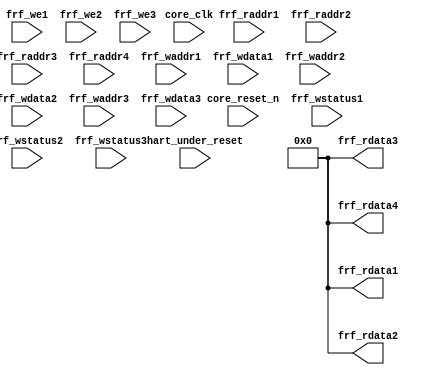
// Copyright (C) 2022, Andes Technology Corp. Confidential Proprietary


module kv_frf_stub(
		  core_clk,
		  core_reset_n,
		  hart_under_reset,
		  frf_raddr1,
		  frf_rdata1,
		  frf_raddr2,
		  frf_rdata2,
		  frf_raddr3,
		  frf_rdata3,
		  frf_raddr4,
		  frf_rdata4,
		  frf_we1,
		  frf_waddr1,
		  frf_wdata1,
		  frf_wstatus1,
		  frf_we2,
		  frf_waddr2,
		  frf_wdata2,
		  frf_wstatus2,
		  frf_we3,
		  frf_waddr3,
		  frf_wdata3,
		  frf_wstatus3
);
parameter         FLEN = 64;
parameter         GPRNUM = 32;
input              core_clk;
input              core_reset_n;
input              hart_under_reset;
input        [4:0] frf_raddr1;
output  [FLEN-1:0] frf_rdata1;
input        [4:0] frf_raddr2;
output  [FLEN-1:0] frf_rdata2;
input        [4:0] frf_raddr3;
output  [FLEN-1:0] frf_rdata3;
input        [4:0] frf_raddr4;
output  [FLEN-1:0] frf_rdata4;
input              frf_we1;
input        [4:0] frf_waddr1;
input   [FLEN-1:0] frf_wdata1;
input       [1:0]  frf_wstatus1;

input              frf_we2;
input        [4:0] frf_waddr2;
input   [FLEN-1:0] frf_wdata2;
input        [1:0] frf_wstatus2;

input              frf_we3;
input        [4:0] frf_waddr3;
input   [FLEN-1:0] frf_wdata3;
input              frf_wstatus3;

wire		   nds_unused = core_clk | core_reset_n | hart_under_reset
			      | (|frf_raddr1) | (|frf_raddr2) | (|frf_raddr3) | (|frf_raddr4)
			      | frf_we1 | (|frf_waddr1) | (|frf_wdata1) | (|frf_wstatus1)
			      | frf_we2 | (|frf_waddr2) | (|frf_wdata2) | (|frf_wstatus2)
			      | frf_we3 | (|frf_waddr3) | (|frf_wdata3) | (|frf_wstatus3)
			      ;
assign frf_rdata1 = {FLEN{1'b0}};
assign frf_rdata2 = {FLEN{1'b0}};
assign frf_rdata3 = {FLEN{1'b0}};
assign frf_rdata4 = {FLEN{1'b0}};

endmodule